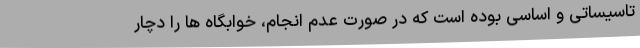
تاسیساتی و اساسی بوده است که در صورت عدم انجام، خوابگاه ها را دچار